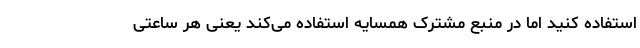
استفاده کنید اما در منبع مشترک همسایه استفاده می‌کند یعنی هر ساعتی